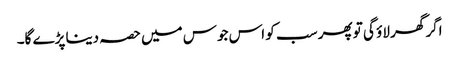
اگر گھر لاؤ گی تو پھر سب کو اس جوس میں حصہ دینا پڑے گا۔